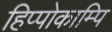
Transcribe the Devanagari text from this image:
हिप्पोकाम्पि